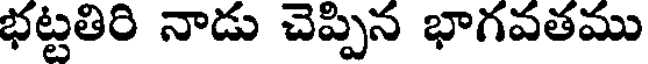
భట్టతిరి నాడు చెప్పిన భాగవతము